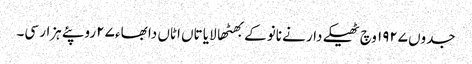
جدوں ١٩٢٧ وچ ٹھیکے دار نے نانوکے بھٹھا لایا تاں اٹاں دا بھاء ٢٧ روپئے ہزار سی۔